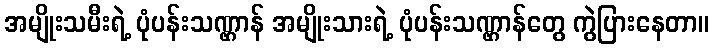
အမျိုးသမီးရဲ့ ပုံပန်းသဏ္ဌာန် အမျိုးသားရဲ့ ပုံပန်းသဏ္ဌာန်တွေ ကွဲပြားနေတာ။